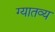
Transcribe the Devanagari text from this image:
ग्यातव्य